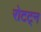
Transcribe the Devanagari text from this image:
रोटट्न